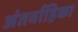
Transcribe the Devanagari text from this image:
अंतर्वाहिका